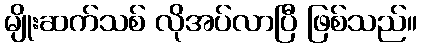
မျိုးဆက်သစ် လိုအပ်လာပြီ ဖြစ်သည်။